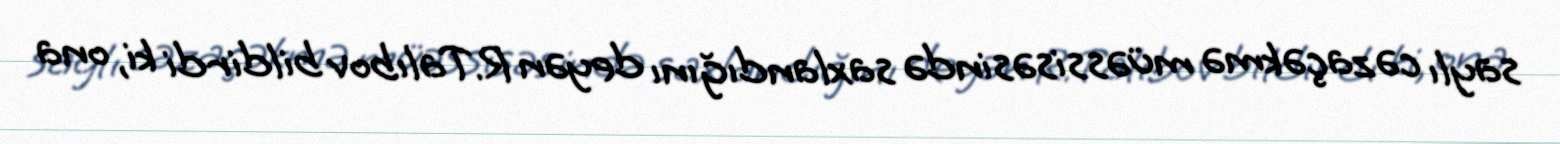
saylı cəzaçəkmə müəssisəsində saxlandığını deyən R.Talıbov bildirdi ki, ona